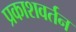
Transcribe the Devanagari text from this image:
प्रकाशवर्तन